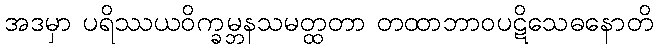
အဒမှာ ပရိဿယဝိက္ခမ္ဘနသမတ္ထတာ တထာဘာဝပဋိသေဓနောတိ